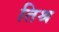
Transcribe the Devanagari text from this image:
तिश्र